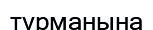
тұрманына